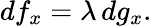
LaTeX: df_{x}=\lambda\, dg_{x}.